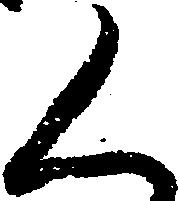
く